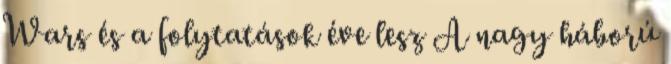
Wars és a folytatások éve lesz A nagy háború